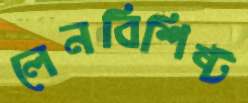
লেনবিশিষ্ট